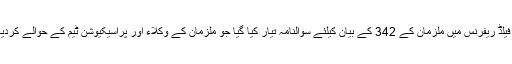
ایون فیلڈ ریفرنس میں ملزمان کے 342 کے بیان کیلئے سوالنامہ تیار کیا گیا جو ملزمان کے وکلاء اور پراسیکیوشن ٹیم کے حوالے کردیا گیا۔